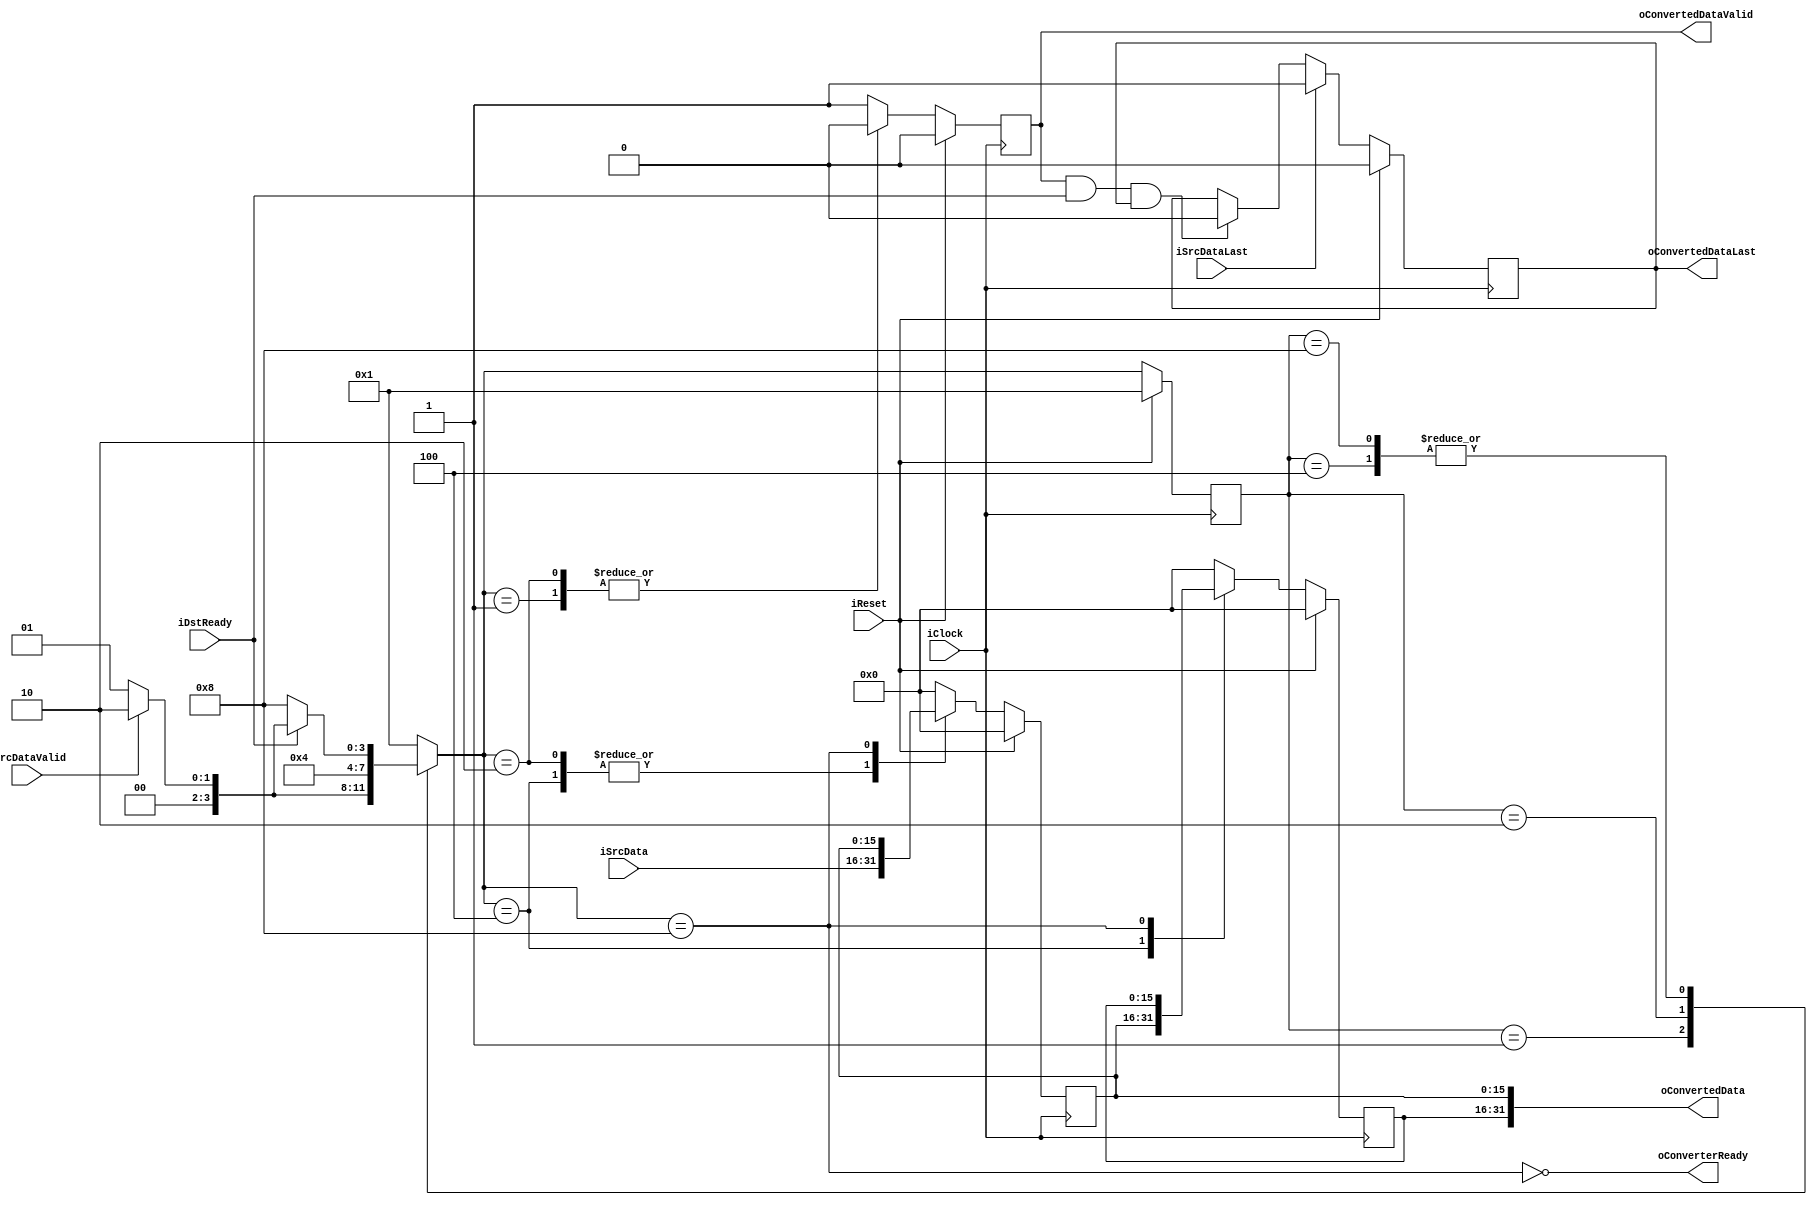
module DecWidthConverter16to32
#
(
    parameter   InputDataWidth  = 16,
    parameter   OutputDataWidth = 32
)
(
    iClock              ,
    iReset              ,
    iSrcDataValid       ,
    iSrcData            ,
    iSrcDataLast        ,
    oConverterReady     ,
    oConvertedDataValid ,
    oConvertedData      ,
    oConvertedDataLast  ,
    iDstReady       
);

    input                           iClock              ;
    input                           iReset              ;
    input                           iSrcDataValid       ;
    input   [InputDataWidth - 1:0]  iSrcData            ;
    input                           iSrcDataLast        ;
    output                          oConverterReady     ;
    output                          oConvertedDataValid ;
    output  [OutputDataWidth - 1:0] oConvertedData      ;
    output                          oConvertedDataLast  ;
    input                           iDstReady           ;
    
    reg     [InputDataWidth - 1:0]  rShiftRegister      ;
    reg     [InputDataWidth - 1:0]  rInputRegister      ;
    reg                             rConvertedDataValid ;
    reg                             rConvertedDataLast  ;
    
    localparam  State_Idle  = 4'b0001; 
    localparam  State_Input = 4'b0010;
    localparam  State_Shift = 4'b0100;
    localparam  State_Pause = 4'b1000;
    
    reg     [3:0]   rCurState;
    reg     [3:0]   rNextState;
    
    always @ (posedge iClock)
        if (iReset)
            rCurState <= State_Idle;
        else
            rCurState <= rNextState;
    
    always @ (*)
        case (rCurState)
        State_Idle:
            rNextState <= (iSrcDataValid) ? State_Input : State_Idle;
        State_Input:
            rNextState <= State_Shift;
        State_Shift:
            if (iDstReady)
            begin
                if (iSrcDataValid)
                    rNextState <= State_Input;
                else
                    rNextState <= State_Idle;
            end
            else
                rNextState <= State_Pause;
        State_Pause:
            if (iDstReady)
                begin
                    if (iSrcDataValid)
                        rNextState <= State_Input;
                    else
                        rNextState <= State_Idle;
                end
                else
                    rNextState <= State_Pause;
        default:
            rNextState <= State_Idle;
        endcase
       
    always @ (posedge iClock)
        if (iReset)
            begin
                rInputRegister <= 0;
                rShiftRegister <= 0;
            end
        else
            case (rNextState)
            State_Idle:
                begin
                    rInputRegister <= 0;
                    rShiftRegister <= 0;
                end
            State_Input:
                begin
                    rInputRegister <= iSrcData;
                    rShiftRegister <= 0;
                end
            State_Shift:
                begin
                    rInputRegister <= iSrcData;
                    rShiftRegister <= rInputRegister;
                end
            State_Pause:
                begin
                    rInputRegister <= rInputRegister;
                    rShiftRegister <= rShiftRegister;
                end
            default:
                begin
                    rInputRegister <= 0;
                    rShiftRegister <= 0;
                end
            endcase
        
    always @ (posedge iClock)
        if (iReset)
            rConvertedDataValid <= 0;
        else
            case (rNextState)
            State_Idle:
                rConvertedDataValid <= 0;
            State_Input:
                rConvertedDataValid <= 0;
            default:
                rConvertedDataValid <= 1'b1;
            endcase            
    
    always @ (posedge iClock)
        if (iReset)
            rConvertedDataLast <= 0;
        else
            if (iSrcDataLast)
                rConvertedDataLast <= 1'b1;
            else
                if (rConvertedDataValid && iDstReady && rConvertedDataLast)
                    rConvertedDataLast <= 1'b0;
                
    
    assign oConvertedData = {rShiftRegister, rInputRegister};
    assign oConvertedDataValid = rConvertedDataValid;
    assign oConvertedDataLast = rConvertedDataLast;
    assign oConverterReady = !(rNextState == State_Pause);

endmodule